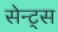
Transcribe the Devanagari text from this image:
सेन्ट्स